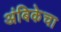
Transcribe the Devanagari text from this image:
अंबिकेचा